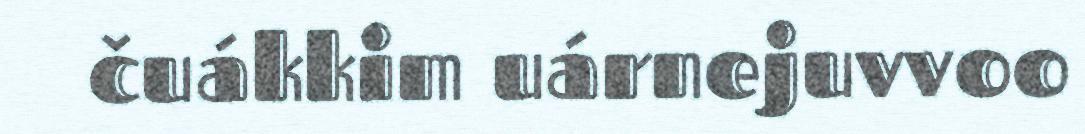
čuákkim uárnejuvvoo